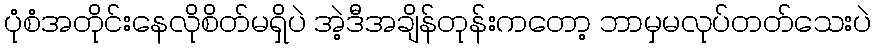
ပုံစံအတိုင်းနေလိုစိတ်မရှိပဲ အဲ့ဒီအချိန်တုန်းကတော့ ဘာမှမလုပ်တတ်သေးပဲ